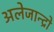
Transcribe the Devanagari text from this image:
अलेजान्द्रो